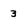
Character: 3